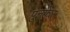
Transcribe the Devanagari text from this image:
पुनफेर